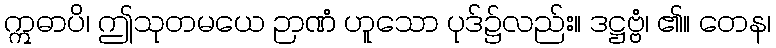
ဣဓာပိ၊ ဤသုတမယေ ဉာဏံ ဟူသော ပုဒ်၌လည်း။ ဒဋ္ဌဗ္ဗံ၊ ၏။ တေန၊